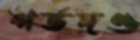
গর্ভদণ্ড